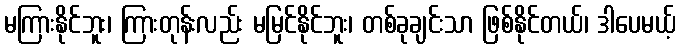
မကြားနိုင်ဘူး၊ ကြားတုန်းလည်း မမြင်နိုင်ဘူး၊ တစ်ခုချင်းသာ ဖြစ်နိုင်တယ်၊ ဒါပေမယ့်